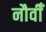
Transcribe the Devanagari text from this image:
नौवीँ